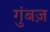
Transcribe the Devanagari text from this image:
गुंबज़